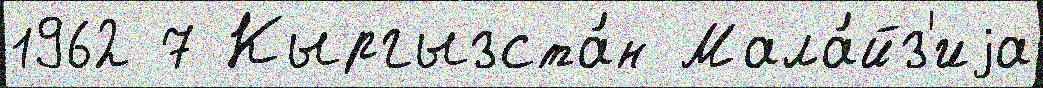
1962 7 Кыргызста́н Мала́йз'иjа